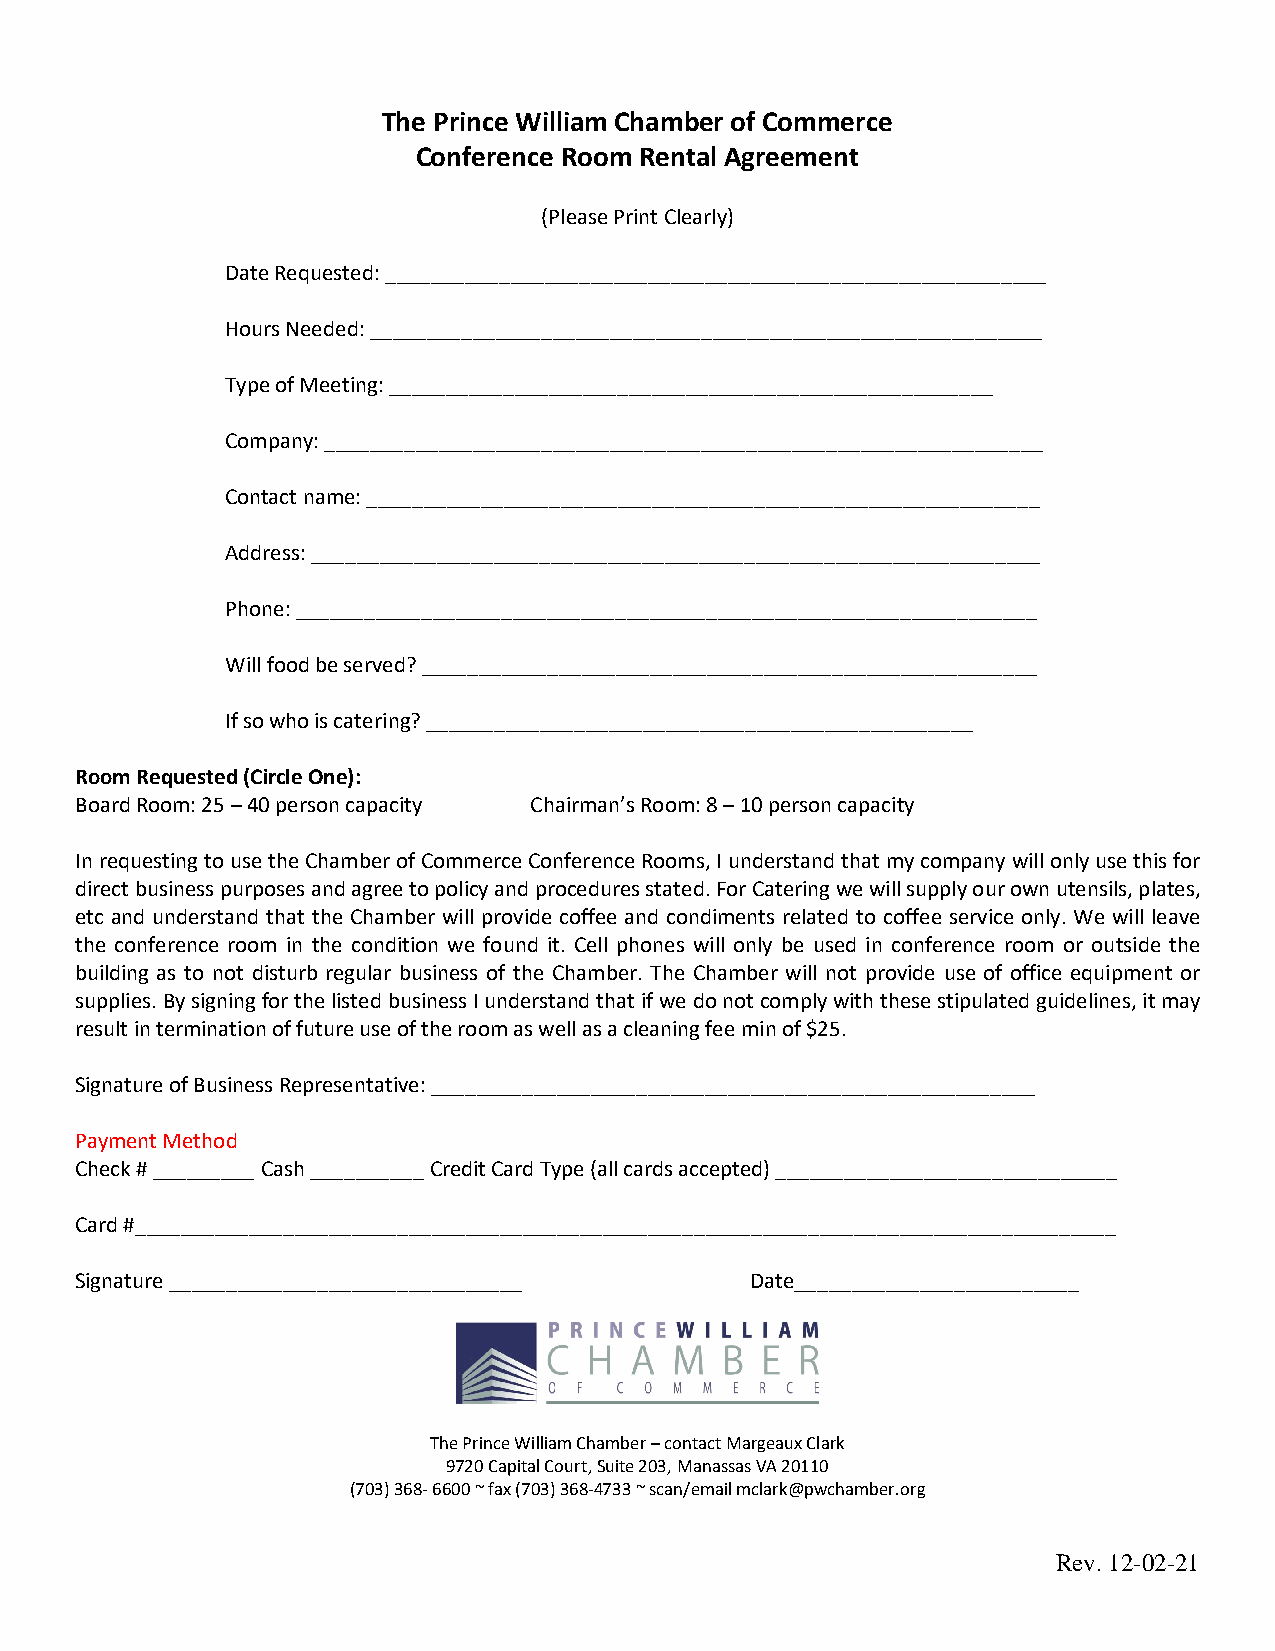
The Prince William Chamber of Commerce
 Conference Room Rental Agreement
 (Please Print Clearly)
 Date Requested: __________________________________________________________
 Hours Needed: ___________________________________________________________
 Type of Meeting: _____________________________________________________
 Company: _______________________________________________________________
 Contact name: ___________________________________________________________
 Address: ________________________________________________________________
 Phone: _________________________________________________________________
 Will food be served? ______________________________________________________
 If so who is catering? ________________________________________________
 Room Requested (Circle One):
 Board Room: 25 – 40 person capacity Chairman’s Room: 8 – 10 person capacity
 In requesting to use the Chamber of Commerce Conference Rooms, I understand that my company will only use this for
 direct business purposes and agree to policy and procedures stated. For Catering we will supply our own utensils, plates,
 etc and understand that the Chamber will provide coffee and condiments related to coffee service only. We will leave
 the conference room in the condition we found it. Cell phones will only be used in conference room or outside the
 building as to not disturb regular business of the Chamber. The Chamber will not provide use of office equipment or
 supplies. By signing for the listed business I understand that if we do not comply with these stipulated guidelines, it may
 result in termination of future use of the room as well as a cleaning fee min of $25.
 Signature of Business Representative: _____________________________________________________
 Payment Method
 Check # _________ Cash __________ Credit Card Type (all cards accepted) ______________________________
 Card #______________________________________________________________________________________
 Signature _______________________________    Date_________________________
 The Prince William Chamber – contact Margeaux Clark
 9720 Capital Court, Suite 203, Manassas VA 20110
 (703) 368- 6600 ~ fax (703) 368-4733 ~ scan/email mclark@pwchamber.org
 Rev. 12-02-21